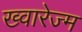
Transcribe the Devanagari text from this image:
ख्वारेज्म